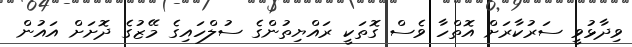
ވިދާޅުވީ ސަރުކާރަށް އޮތްހާ ވެސް ގޮތަކީ ރައްޔިތުންގެ ސުލްހައިގެ މޭޒުގެ ދޮށަށް އައުން